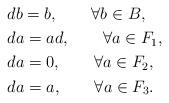
LaTeX: \begin{align*}&db=b, \qquad\forall b\in B,\\&da=ad, \qquad\forall a\in F_1,\\&da=0, \qquad\forall a\in F_2,\\&da=a, \qquad\forall a\in F_3.\end{align*}